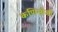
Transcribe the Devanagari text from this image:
कणिमोजी